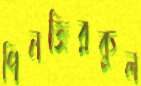
পিনজিরকুল